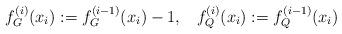
LaTeX: \begin{align*}f^{(i)}_G(x_i) := f^{(i-1)}_G(x_i)-1, \;\;\;f^{(i)}_Q(x_i) := f^{(i-1)}_Q(x_i)\end{align*}